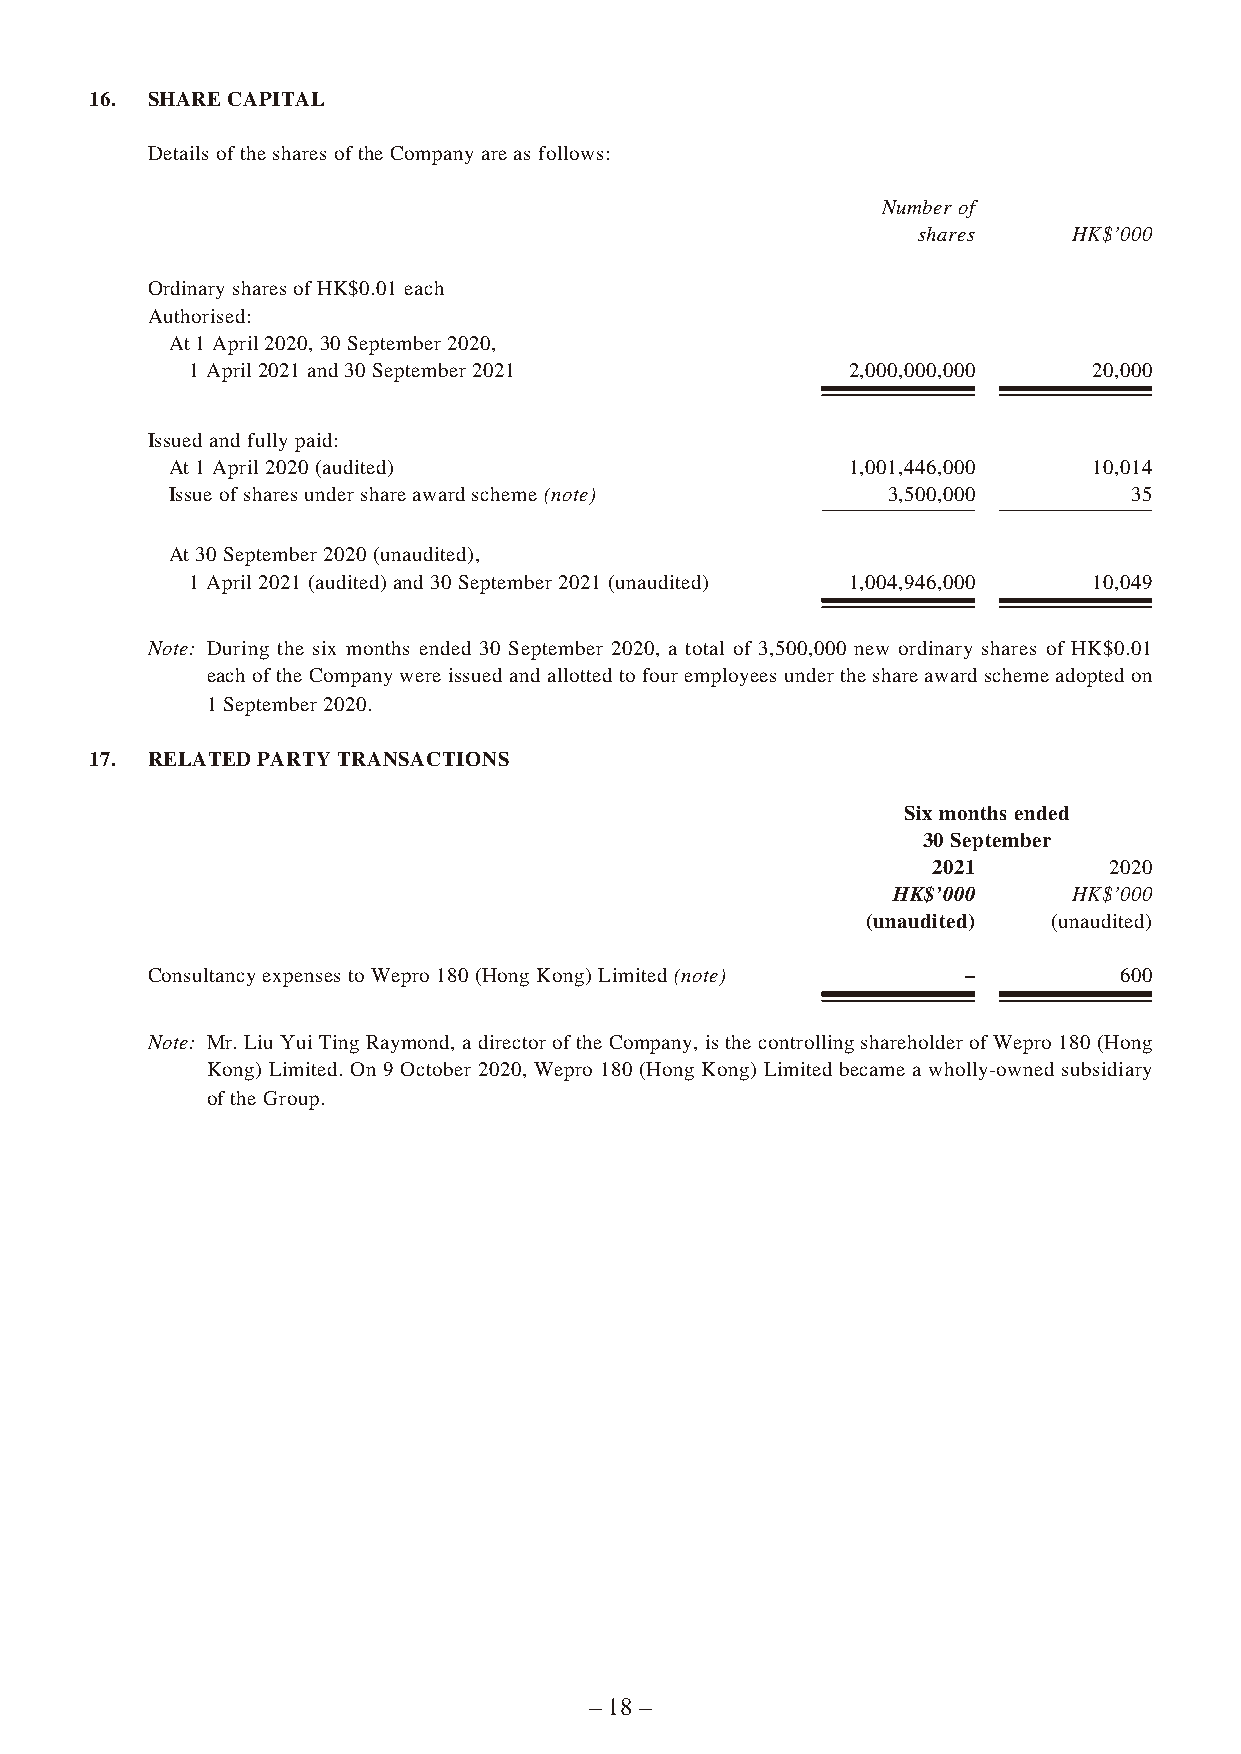
16. SHARE CAPITAL
 Details of the shares of the Company are as follows:
 Number of
 shares    HK$’000
 Ordinary shares of HK$0.01 each
 Authorised:
 At 1 April 2020, 30 September 2020,
 1 April 2021 and 30 September 2021         2,000,000,000   20,000
 Issued and fully paid:
 At 1 April 2020 (audited)                    1,001,446,000   10,014
 Issue of shares under share award scheme (note) 3,500,00 0      3 5
 At 30 September 2020 (unaudited),
 1 April 2021 (audited) and 30 September 2021 (unaudited) 1,004,946,000 10,049
 Note: During the six months ended 30 September 2020, a total of 3,500,000 new ordinary shares of HK$0.01
 each of the Company were issued and allotted to four employees under the share award scheme adopted on
 1 September 2020.
 17. RELATED PARTY TRANSACTIONS
 Six months ended
 30 September
 2021       2020
 HK$’000     HK$’000
 (unaudited)  (unaudited)
 Consultancy expenses to Wepro 180 (Hong Kong) Limited (note) –  600
 Note: Mr. Liu Yui Ting Raymond, a director of the Company, is the controlling shareholder of Wepro 180 (Hong
 Kong) Limited. On 9 October 2020, Wepro 180 (Hong Kong) Limited became a wholly-owned subsidiary
 of the Group.
 – 18 –